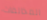
المخالفات